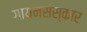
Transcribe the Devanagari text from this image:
गायनसंस्कार